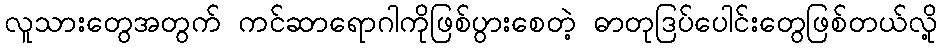
လူသားတွေအတွက် ကင်ဆာရောဂါကိုဖြစ်ပွားစေတဲ့ ဓာတုဒြပ်ပေါင်းတွေဖြစ်တယ်လို့